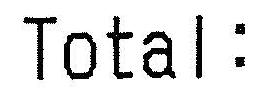
TOTAL: